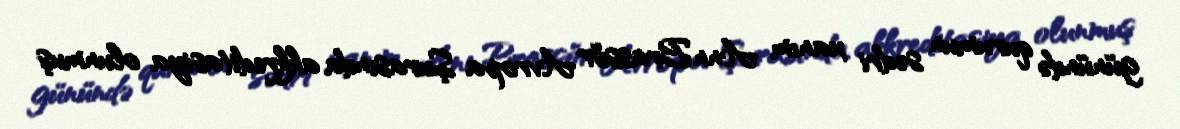
günündə qurumun sədri xanım Ann Brassör Avropa Şurasında akkreditasiya olunmuş